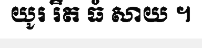
យូរ រឹត ធំ សាយ ។